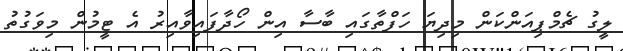
ލީގު ޗެމްޕިއަންކަން މިދިޔަ ހަފްތާގައި ބާސާ އިން ހޯދާފައިވާއިރު އެ ޓީމުން މިވަގުތު